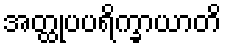
အတ္ထုပပရိက္ခာယာတိ